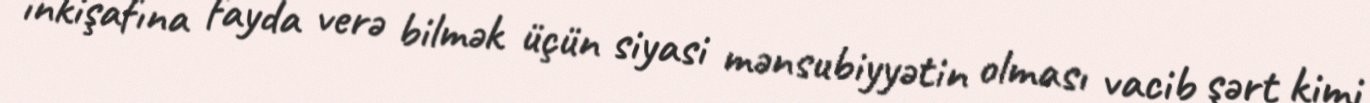
inkişafına fayda verə bilmək üçün siyasi mənsubiyyətin olması vacib şərt kimi